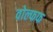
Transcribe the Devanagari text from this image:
वोल्फफ